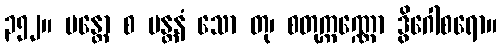
၃၅၂။ မန္တော စ မန္တနံ သော တု၊ စတုက္ကဏ္ဏော ဒွိဂေါစရော။